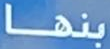
بنها